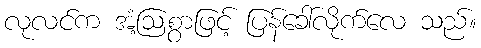
လုလင်က အံ့ဩစွာဖြင့် ပြန်ခေါ်လိုက်လေ သည်။